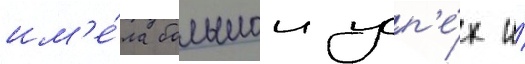
им'е́ла большои усп'е́х и́